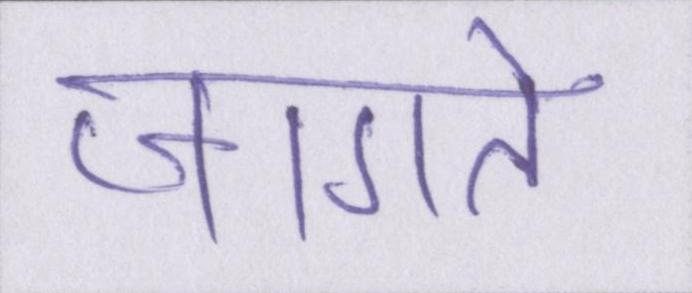
जागते